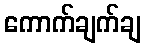
ကောက်ချက်ချ